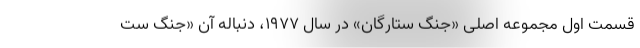
قسمت اول مجموعه اصلی «جنگ ستارگان» در سال ۱۹۷۷، دنباله آن «جنگ ست